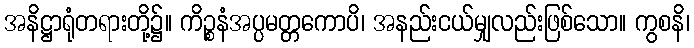
အနိဋ္ဌာရုံတရားတို့၌။ ကိဉ္စနံအပ္ပမတ္တကောပိ၊ အနည်းငယ်မျှလည်းဖြစ်သော။ ကွစနိ၊